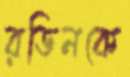
রডিনকে